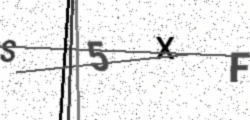
Text: S5XF